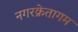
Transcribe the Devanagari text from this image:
नगरक्रेतागम